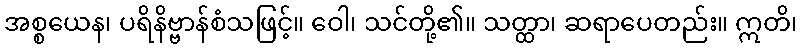
အစ္စယေန၊ ပရိနိဗ္ဗာန်စံသဖြင့်။ ဝေါ၊ သင်တို့၏။ သတ္ထာ၊ ဆရာပေတည်း။ ဣတိ၊